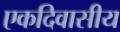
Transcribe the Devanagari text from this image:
एकदिवासीय